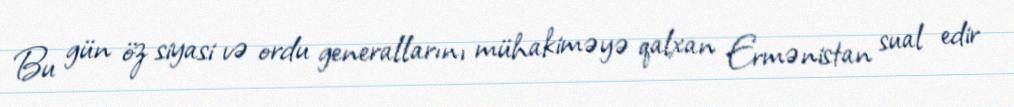
Bu gün öz siyasi və ordu generallarını mühakiməyə qalxan Ermənistan sual edir